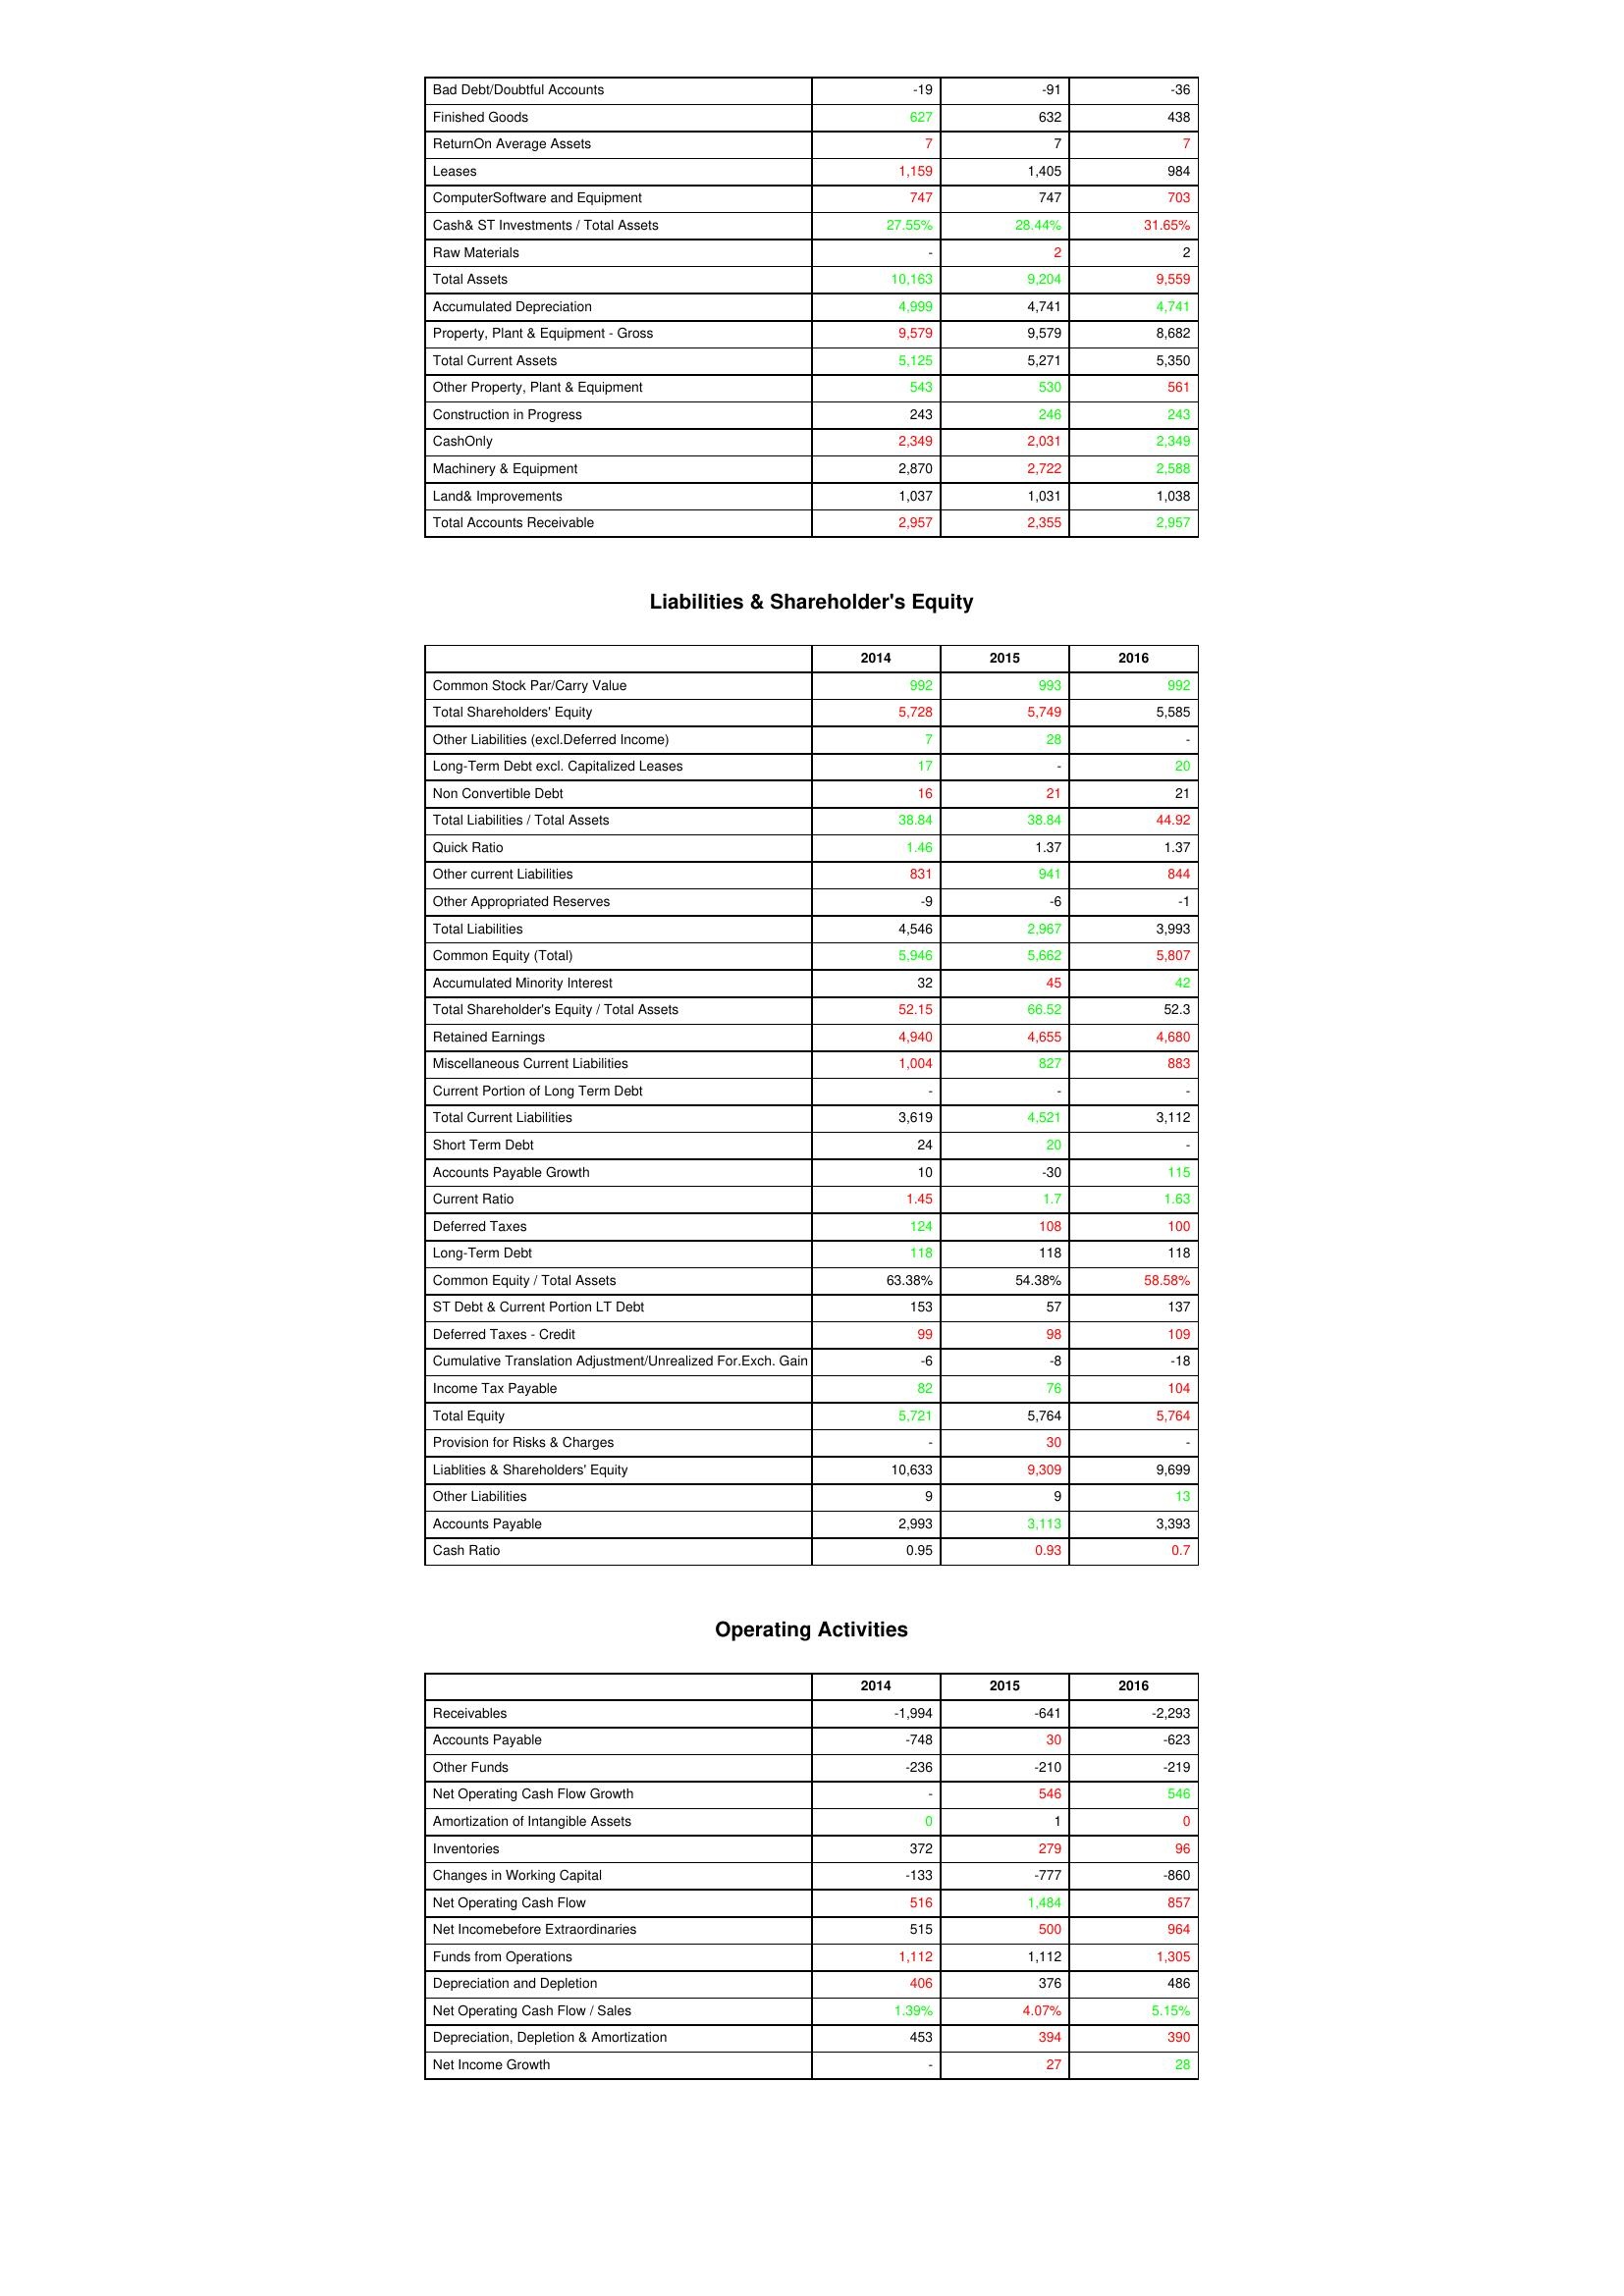
gt_parse: 2014: Assets: Bad Debt/Doubtful Accounts: -19
Finished Goods: 627
ReturnOn Average Assets: 7
Leases: 1,159
ComputerSoftware and Equipment: 747
Cash& ST Investments / Total Assets: 27.55%
Raw Materials: -
Total Assets: 10,163
Accumulated Depreciation: 4,999
Property, Plant & Equipment - Gross : 9,579
Total Current Assets: 5,125
Other Property, Plant & Equipment: 543
Construction in Progress: 243
CashOnly: 2,349
Machinery & Equipment: 2,870
Land& Improvements: 1,037
Total Accounts Receivable: 2,957
Liabilities & Shareholder's Equity: Common Stock Par/Carry Value: 992
Total Shareholders' Equity: 5,728
Other Liabilities (excl.Deferred Income): 7
Long-Term Debt excl. Capitalized Leases: 17
Non Convertible Debt: 16
Total Liabilities / Total Assets: 38.84
Quick Ratio: 1.46
Other current Liabilities: 831
Other Appropriated Reserves: -9
Total Liabilities: 4,546
Common Equity (Total): 5,946
Accumulated Minority Interest: 32
Total Shareholder's Equity / Total Assets: 52.15
Retained Earnings: 4,940
Miscellaneous Current Liabilities: 1,004
Current Portion of Long Term Debt: -
Total Current Liabilities: 3,619
Short Term Debt: 24
Accounts Payable Growth: 10
Current Ratio: 1.45
Deferred Taxes: 124
Long-Term Debt: 118
Common Equity / Total Assets: 63.38%
ST Debt & Current Portion LT Debt: 153
Deferred Taxes - Credit: 99
Cumulative Translation Adjustment/Unrealized For.Exch. Gain: -6
Income Tax Payable: 82
Total Equity: 5,721
Provision for Risks & Charges: -
Liablities & Shareholders' Equity: 10,633
Other Liabilities: 9
Accounts Payable: 2,993
Cash Ratio: 0.95
Operating Activities: Receivables: -1,994
Accounts Payable: -748
Other Funds: -236
Net Operating Cash Flow Growth: -
Amortization of Intangible Assets: 0
Inventories: 372
Changes in Working Capital: -133
Net Operating Cash Flow: 516
Net Incomebefore Extraordinaries: 515
Funds from Operations: 1,112
Depreciation and Depletion: 406
Net Operating Cash Flow / Sales: 1.39%
Depreciation, Depletion & Amortization: 453
Net Income Growth: -
2015: Assets: Bad Debt/Doubtful Accounts: -91
Finished Goods: 632
ReturnOn Average Assets: 7
Leases: 1,405
ComputerSoftware and Equipment: 747
Cash& ST Investments / Total Assets: 28.44%
Raw Materials: 2
Total Assets: 9,204
Accumulated Depreciation: 4,741
Property, Plant & Equipment - Gross : 9,579
Total Current Assets: 5,271
Other Property, Plant & Equipment: 530
Construction in Progress: 246
CashOnly: 2,031
Machinery & Equipment: 2,722
Land& Improvements: 1,031
Total Accounts Receivable: 2,355
Liabilities & Shareholder's Equity: Common Stock Par/Carry Value: 993
Total Shareholders' Equity: 5,749
Other Liabilities (excl.Deferred Income): 28
Long-Term Debt excl. Capitalized Leases: -
Non Convertible Debt: 21
Total Liabilities / Total Assets: 38.84
Quick Ratio: 1.37
Other current Liabilities: 941
Other Appropriated Reserves: -6
Total Liabilities: 2,967
Common Equity (Total): 5,662
Accumulated Minority Interest: 45
Total Shareholder's Equity / Total Assets: 66.52
Retained Earnings: 4,655
Miscellaneous Current Liabilities: 827
Current Portion of Long Term Debt: -
Total Current Liabilities: 4,521
Short Term Debt: 20
Accounts Payable Growth: -30
Current Ratio: 1.7
Deferred Taxes: 108
Long-Term Debt: 118
Common Equity / Total Assets: 54.38%
ST Debt & Current Portion LT Debt: 57
Deferred Taxes - Credit: 98
Cumulative Translation Adjustment/Unrealized For.Exch. Gain: -8
Income Tax Payable: 76
Total Equity: 5,764
Provision for Risks & Charges: 30
Liablities & Shareholders' Equity: 9,309
Other Liabilities: 9
Accounts Payable: 3,113
Cash Ratio: 0.93
Operating Activities: Receivables: -641
Accounts Payable: 30
Other Funds: -210
Net Operating Cash Flow Growth: 546
Amortization of Intangible Assets: 1
Inventories: 279
Changes in Working Capital: -777
Net Operating Cash Flow: 1,484
Net Incomebefore Extraordinaries: 500
Funds from Operations: 1,112
Depreciation and Depletion: 376
Net Operating Cash Flow / Sales: 4.07%
Depreciation, Depletion & Amortization: 394
Net Income Growth: 27
2016: Assets: Bad Debt/Doubtful Accounts: -36
Finished Goods: 438
ReturnOn Average Assets: 7
Leases: 984
ComputerSoftware and Equipment: 703
Cash& ST Investments / Total Assets: 31.65%
Raw Materials: 2
Total Assets: 9,559
Accumulated Depreciation: 4,741
Property, Plant & Equipment - Gross : 8,682
Total Current Assets: 5,350
Other Property, Plant & Equipment: 561
Construction in Progress: 243
CashOnly: 2,349
Machinery & Equipment: 2,588
Land& Improvements: 1,038
Total Accounts Receivable: 2,957
Liabilities & Shareholder's Equity: Common Stock Par/Carry Value: 992
Total Shareholders' Equity: 5,585
Other Liabilities (excl.Deferred Income): -
Long-Term Debt excl. Capitalized Leases: 20
Non Convertible Debt: 21
Total Liabilities / Total Assets: 44.92
Quick Ratio: 1.37
Other current Liabilities: 844
Other Appropriated Reserves: -1
Total Liabilities: 3,993
Common Equity (Total): 5,807
Accumulated Minority Interest: 42
Total Shareholder's Equity / Total Assets: 52.3
Retained Earnings: 4,680
Miscellaneous Current Liabilities: 883
Current Portion of Long Term Debt: -
Total Current Liabilities: 3,112
Short Term Debt: -
Accounts Payable Growth: 115
Current Ratio: 1.63
Deferred Taxes: 100
Long-Term Debt: 118
Common Equity / Total Assets: 58.58%
ST Debt & Current Portion LT Debt: 137
Deferred Taxes - Credit: 109
Cumulative Translation Adjustment/Unrealized For.Exch. Gain: -18
Income Tax Payable: 104
Total Equity: 5,764
Provision for Risks & Charges: -
Liablities & Shareholders' Equity: 9,699
Other Liabilities: 13
Accounts Payable: 3,393
Cash Ratio: 0.7
Operating Activities: Receivables: -2,293
Accounts Payable: -623
Other Funds: -219
Net Operating Cash Flow Growth: 546
Amortization of Intangible Assets: 0
Inventories: 96
Changes in Working Capital: -860
Net Operating Cash Flow: 857
Net Incomebefore Extraordinaries: 964
Funds from Operations: 1,305
Depreciation and Depletion: 486
Net Operating Cash Flow / Sales: 5.15%
Depreciation, Depletion & Amortization: 390
Net Income Growth: 28